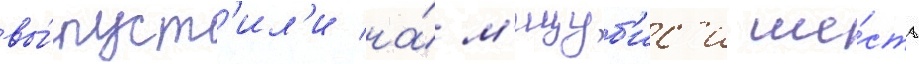
вы́пуст'ил'и на́ м'ицуб'ис'и ше́сть